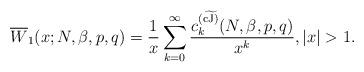
LaTeX: \begin{align*} \overline{W}_1(x;N,\beta,p,q) = {1 \over x} \sum_{k=0}^\infty {c_{k}^{(\widetilde{\rm cJ)}}(N,\beta,p,q) \over x^k}, |x| > 1. \end{align*}